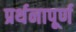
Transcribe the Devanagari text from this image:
प्रर्थनापूर्ण